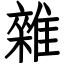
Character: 雜